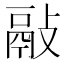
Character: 𢾿